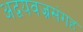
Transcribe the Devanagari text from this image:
अद्वयवज्रसंगह